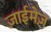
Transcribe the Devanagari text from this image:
ज़ाईमेज़